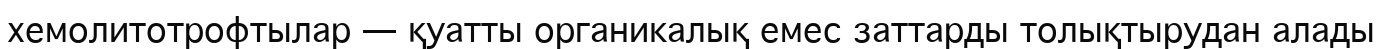
хемолитотрофтылар — қуатты органикалық емес заттарды толықтырудан алады